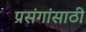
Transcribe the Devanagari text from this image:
प्रसंगांसाठी